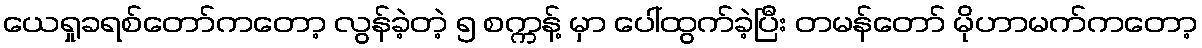
ယေရှုခရစ်တော်ကတော့ လွန်ခဲ့တဲ့ ၅ စက္ကန့် မှာ ပေါ်ထွက်ခဲ့ပြီး တမန်တော် မိုဟာမက်ကတော့